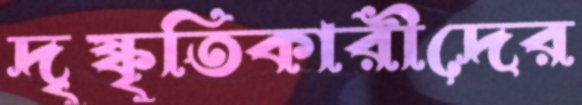
দৃষ্কৃতিকারীদের